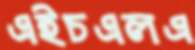
এইচএলএ